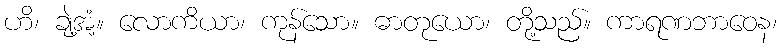
ဟိ၊ ချဲ့အံ့။ လောကိယာ၊ ကုန်သော။ ဓာတုယော၊ တို့သည်။ ကာရဏဘာဝေန၊